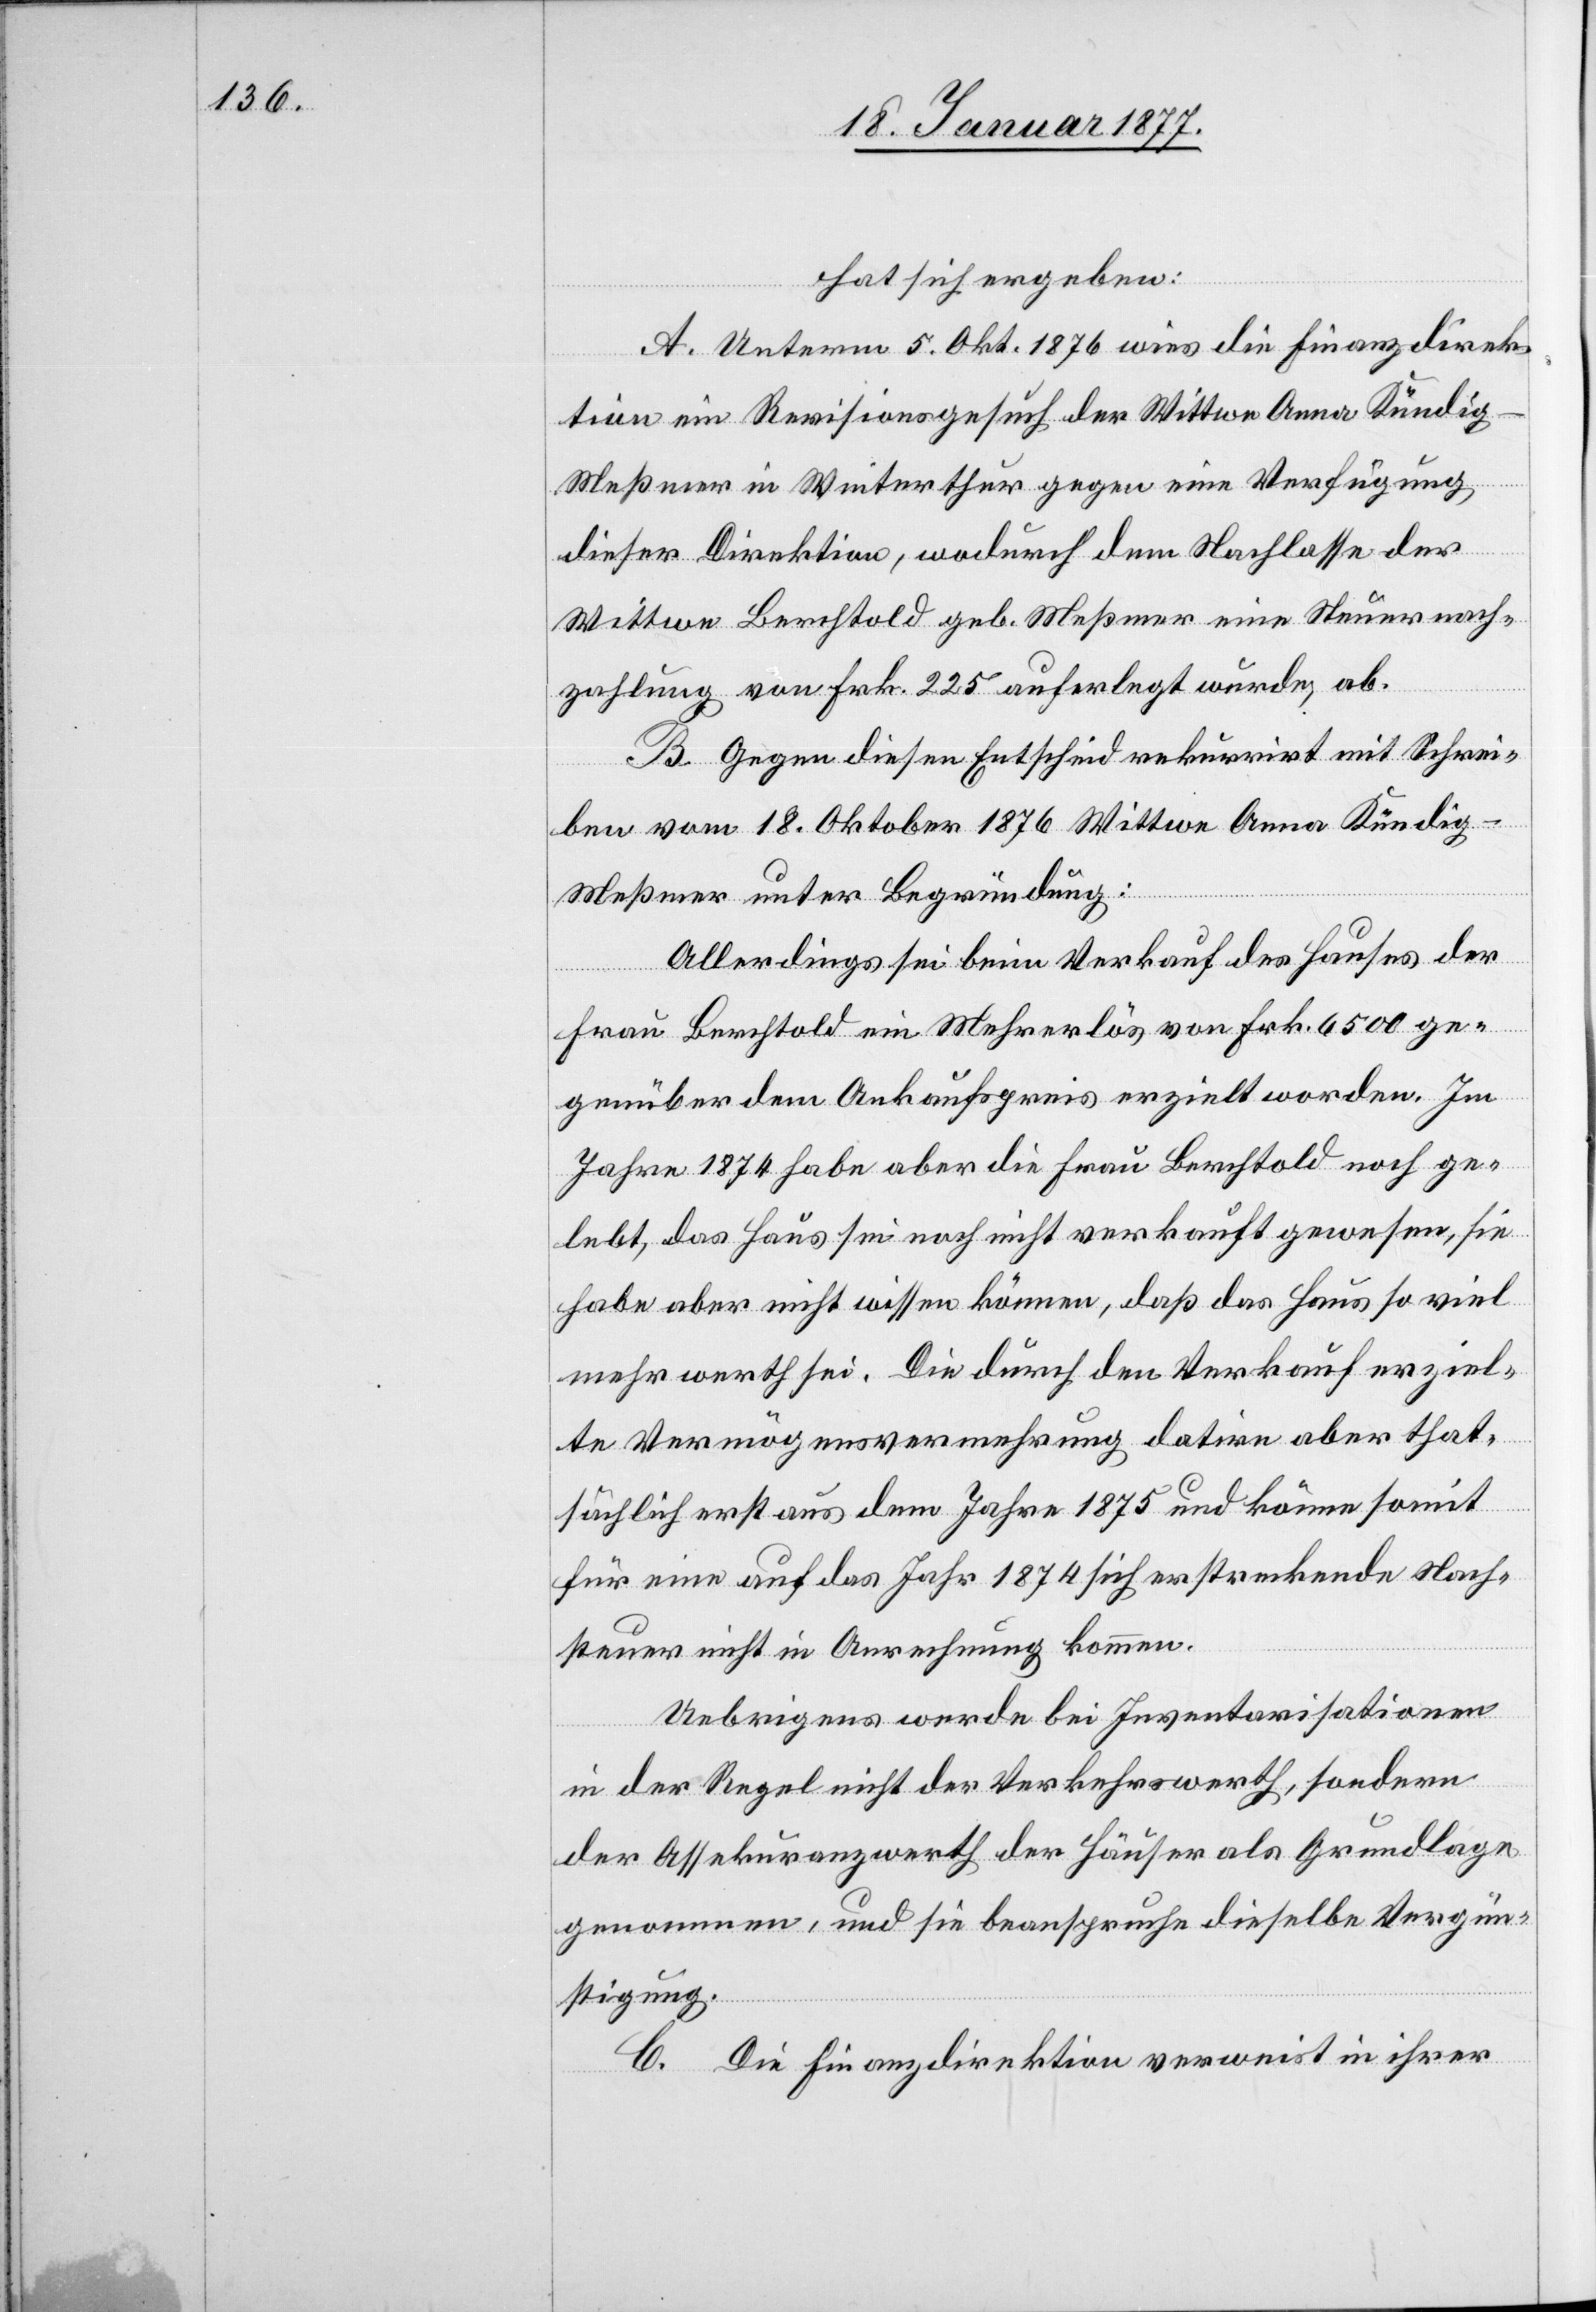
hat sich ergeben:
A. Unterm 5. Okt. 1876 wies die Finanzdirek¬
tion ein Revisionsgesuch der Wittwe Anna Kündi¬
g-Meßmer in Winterthur gegen eine Verfügung
dieser Direktion, wodurch dem Nachlasse der
Wittwe Berchtold geb. Meßmer eine Steuernach¬
zahlung von Frk. 225 auferlegt wurde, ab.
B. Gegen diesen Entscheid rekurrirt mit Schrei¬
ben vom 18. Oktober 1876 Wittwe Anna Kündig-M¬
eßmer unter Begründung:
Allerdings sei beim Verkauf des Hauses der
Frau Berchtold ein Mehrerlös von Frk. 6500 ge¬
genüber dem Ankaufspreis erzielt worden. Im
Jahre 1874 habe aber die Frau Berchtold noch ge¬
lebt, das Haus sei noch nicht verkauft gewesen, sie
habe aber nicht wissen können, daß das Haus so viel
mehr werth sei. Die durch den Verkauf erziel¬
te Vermögensvermehrung datire aber that¬
sächlich erst aus dem Jahre 1875 und könne somit
für eine auf das Jahr 1875 sich erstreckende Nach¬
steuer nicht in Anrechnung kommen.
Uebrigens werde bei Inventarisationen
in der Regel nicht der Verkehrswerth, sondern
der Assekuranzwerth der Häuser als Grundlage
genommen, und sie beanspruch dieselbe Vergün¬
stigung.
C. Die Finanzdirektion verweist in ihrer